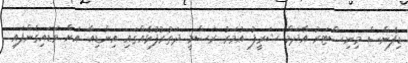
ޑިފެންސް މިނިސްޓަރު އާދަމް ޝަރީފު އުމަރު ރަސްމީ ދަތުރުފުޅެއްގައި އިންޑިއާ އަށް ވަޑައިގެންފައި